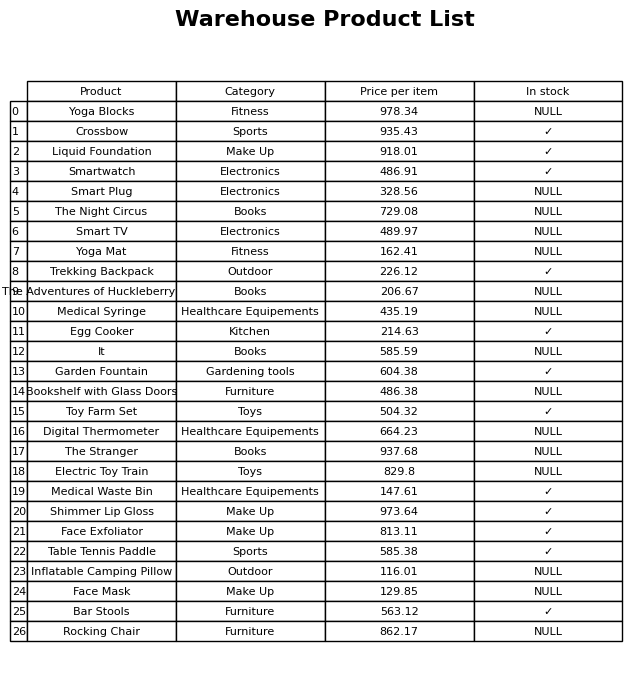
question: What is the price for Face Mask?
answer: The price of Face Mask is 129.85.